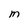
Character: m